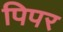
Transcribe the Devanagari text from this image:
पिपर